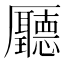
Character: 㕔